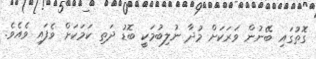
ގޮތުގައި ބޭނުން ވަރަކަށް މުދާ ނުލިބުމަކީ ބޮޑު ދަތި ކަމަކަށް ވެފައި ވެއެެވެ.